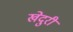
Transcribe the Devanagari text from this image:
खेदुरी